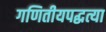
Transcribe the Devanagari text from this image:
गणितीयपद्धत्या